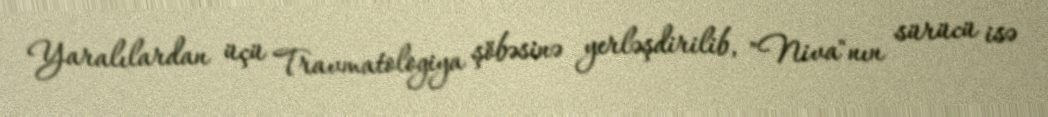
Yaralılardan üçü Travmatologiya şöbəsinə yerləşdirilib, "Niva"nın sürücü isə